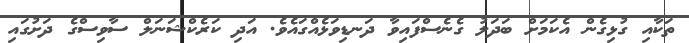
ތަކާއި ގުޅިގެން އެކަމަށް ބަދަލު ގެނެސްފައިވާ ދަނޑިވަޅެއްގައެވެ. އަދި ކަރެކްޝަނަލް ސާވިސްގެ ދަށުގައި